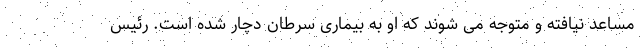
مساعد نیافته و متوجه می شوند که او به بیماری سرطان دچار شده است. رئیس